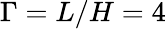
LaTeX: \Gamma=L/H=4